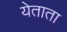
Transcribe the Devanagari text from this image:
येताता